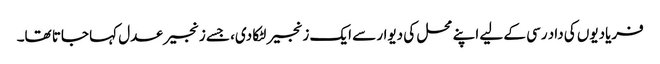
فریادیوں کی داد رسی کے لیے اپنے محل کی دیوار سے ایک زنجیر لٹکا دی، جسے زنجیر عدل کہا جاتا تھا۔